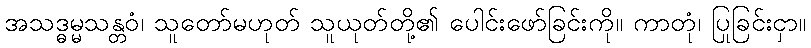
အသဒ္ဓမ္မသန္တဝံ၊ သူတော်မဟုတ် သူယုတ်တို့၏ ပေါင်းဖော်ခြင်းကို။ ကာတုံ၊ ပြုခြင်းငှာ။